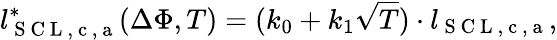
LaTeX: l_{\mathrm{~S~C~L~,~c~,~a~}}^{*}(\Delta\Phi,T)=(k_{0}+k_{1}\sqrt{T})\cdot l_{\mathrm{~S~C~L~,~c~,~a~}},